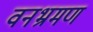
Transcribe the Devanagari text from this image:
वनभ्रमण